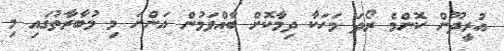
އުރީދޫން ކޮންމެ ރޯދަ މަހަކާ ދިމާކޮށް ބާއްވަމުން އަންނަ މި މުބާރާތުގައި މި